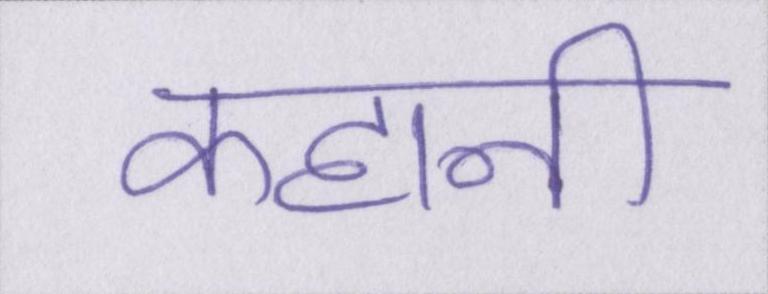
कहानी